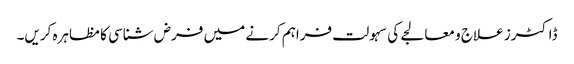
ڈاکٹرز علاج و معالجے کی سہولت فراہم کرنے میں فرض شناسی کا مظاہرہ کریں۔